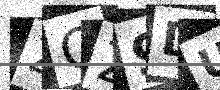
Text: ZQZ9DU